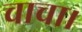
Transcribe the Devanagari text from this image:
चाचा।